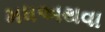
મધઅથવા